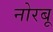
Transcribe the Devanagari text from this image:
नोरबू